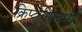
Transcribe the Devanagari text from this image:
क्रिप्टोसिस्टम्स